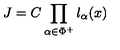
J = C \prod _ { \alpha \in \Phi ^ { + } } l _ { \alpha } ( x )